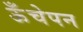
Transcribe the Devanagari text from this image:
ऊँचेपन